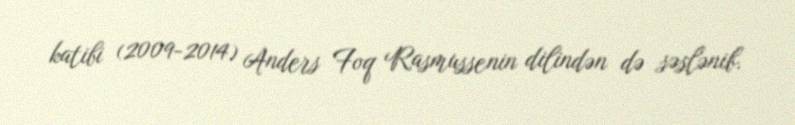
katibi (2009-2014) Anders Foq Rasmussenin dilindən də səslənib.